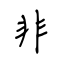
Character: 非